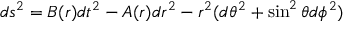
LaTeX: d s ^ { 2 } = B ( r ) d t ^ { 2 } - A ( r ) d r ^ { 2 } - r ^ { 2 } ( d \theta ^ { 2 } + \sin ^ { 2 } \theta d \phi ^ { 2 } )